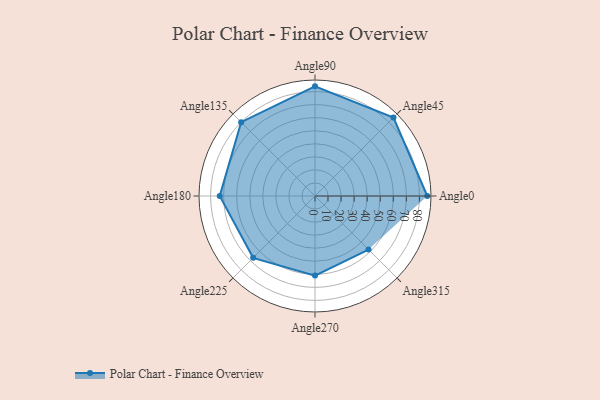
{"axis": {"x": "Angle", "y": "Radius"}, "legend": [""], "data": [{"x": "Angle0", "y": 86.0, "type": ""}, {"x": "Angle45", "y": 85.0, "type": ""}, {"x": "Angle90", "y": 84.0, "type": ""}, {"x": "Angle135", "y": 80.0, "type": ""}, {"x": "Angle180", "y": 73.0, "type": ""}, {"x": "Angle225", "y": 67.0, "type": ""}, {"x": "Angle270", "y": 61.0, "type": ""}, {"x": "Angle315", "y": 58.0, "type": ""}]}